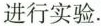
进行实验。